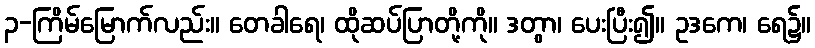
၃-ကြိမ်မြောက်လည်း။ တေခါရေ၊ ထိုဆပ်ပြာတို့ကို။ ဒတွာ၊ ပေးပြီး၍။ ဥဒကေ၊ ရေ၌။